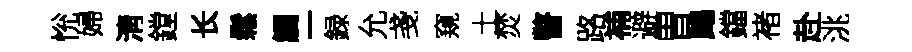
恱婦淸鏜长鬆觸-録允戔窺土焚瞥路補避曽鷓鐺褚赴洮